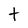
Character: t